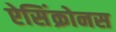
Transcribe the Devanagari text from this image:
ऐसिंक्रोनस